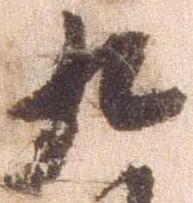
九